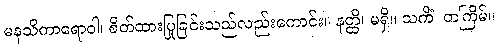
မနသိကာရောဝါ၊ စိတ်ထားပြုခြင်းသည်လည်းကောင်း။ နတ္ထိ၊ မရှိ။ သကိံ၊ တကြိမ်။